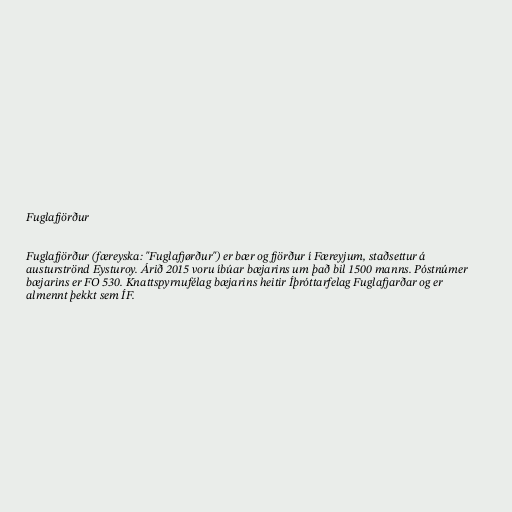
Fuglafjörður

Fuglafjörður (færeyska: "Fuglafjørður") er bær og fjörður í Færeyjum, staðsettur á
austurströnd Eysturoy. Árið 2015 voru íbúar bæjarins um það bil 1500 manns. Póstnúmer
bæjarins er FO 530. Knattspyrnufélag bæjarins heitir Íþróttarfelag Fuglafjarðar og er
almennt þekkt sem ÍF.